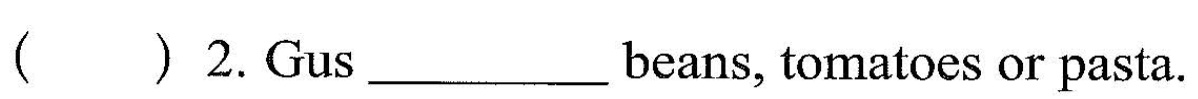
()2.Gus ___ beans,tcmstes Or Pasta.